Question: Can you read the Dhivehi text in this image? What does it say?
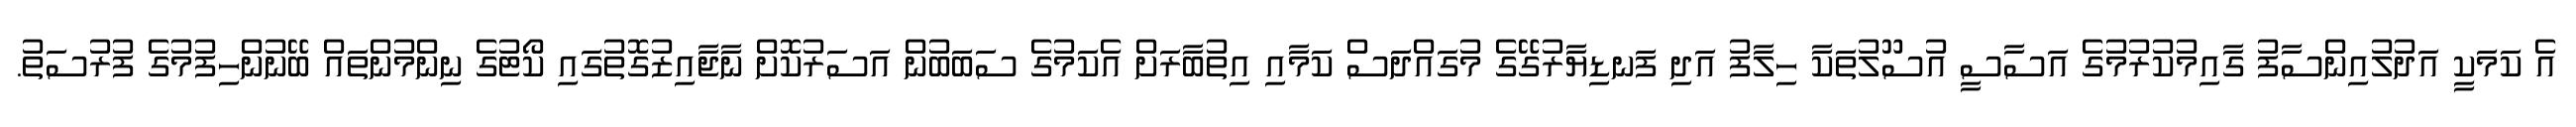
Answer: އެ ކަމަކީ އަދުލުއިންސާފު ގާއިމުކުރުމުގެ އަސާސީ އުސޫލުތަކާ ހިލާފު އަދި ފަނޑިޔާރުގޭގެ މުގައްދަސް ކަމާއި އިތުބާރަށް އެކަމުގެ ސަބަބުން އަސަރުކޮށް ނާޖާއިޒުގޮތުގައި ކޯޓުގެ ނިންމުންތައް ބޭނުންހިފުމުގެ ފުރުސަތު.